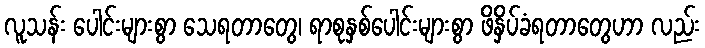
လူသန်း ပေါင်းများစွာ သေရတာတွေ၊ ရာစုနှစ်ပေါင်းများစွာ ဖိနှိပ်ခံရတာတွေဟာ လည်း